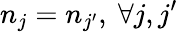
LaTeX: n_{j}=n_{j^{\prime}},~\forall j,j^{\prime}